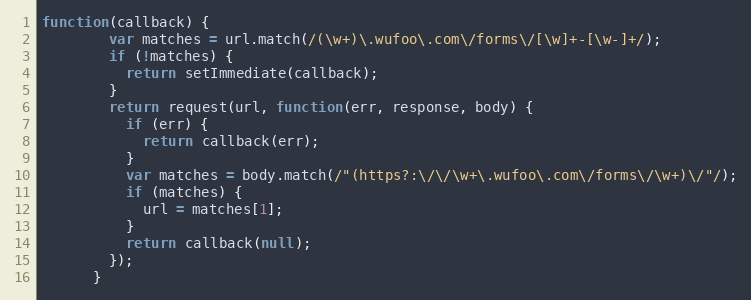
Language: JavaScript
function(callback) {
        var matches = url.match(/(\w+)\.wufoo\.com\/forms\/[\w]+-[\w-]+/);
        if (!matches) {
          return setImmediate(callback);
        }
        return request(url, function(err, response, body) {
          if (err) {
            return callback(err);
          }
          var matches = body.match(/"(https?:\/\/\w+\.wufoo\.com\/forms\/\w+)\/"/);
          if (matches) {
            url = matches[1];
          }
          return callback(null);
        });
      }